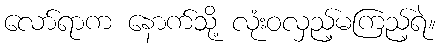
လော်ရာက နောက်သို့ လုံးဝလှည့်မကြည့်ရဲ။